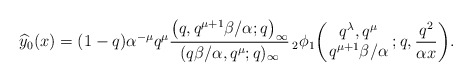
\begin{align*}& \widehat{y}_0(x) =(1-q)\alpha^{-\mu}q^{\mu}\frac{\big(q, q^{\mu+1}\beta/\alpha;q\big)_{\infty}}{(q\beta/\alpha, q^{\mu};q)_{\infty}} \,_2\phi_1 \biggl(\!\! \begin{array}{c} q^{\lambda},q^{\mu}\\ q^{\mu+1}\beta/\alpha \end{array}\! ;q, \frac{q^2}{\alpha x} \biggr).\end{align*}